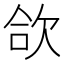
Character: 欱